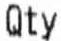
QTY